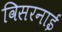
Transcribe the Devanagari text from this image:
विसरनाई